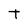
Character: t